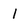
Character: I